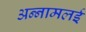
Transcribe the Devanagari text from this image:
अन्‍नामलई